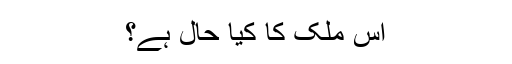
اس ملک کا کیا حال ہے؟